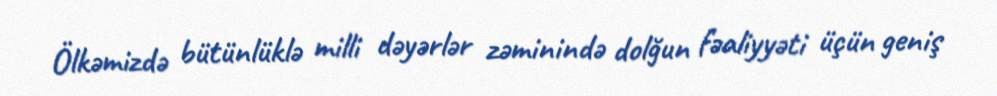
Ölkəmizdə bütünlüklə milli dəyərlər zəminində dolğun fəaliyyəti üçün geniş